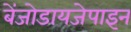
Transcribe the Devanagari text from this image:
बेंजोडायजेपाइन